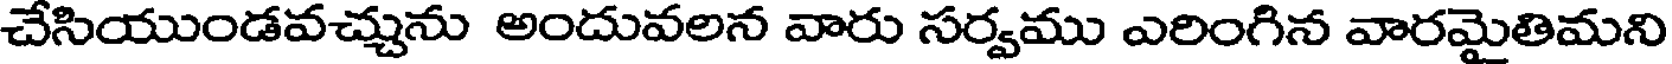
చేసియుండవచ్చును అందువలన వారు సర్వము ఎరింగిన వారమైతిమని